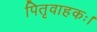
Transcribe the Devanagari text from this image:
पितृवाहकः।